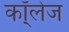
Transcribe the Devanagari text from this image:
कॉ्लेज